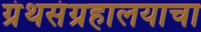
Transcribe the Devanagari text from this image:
ग्रंथसंग्रहालयाचा